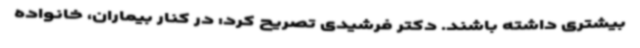
بیشتری داشته باشند. دکتر فرشیدی تصریح کرد: در کنار بیماران، خانواده